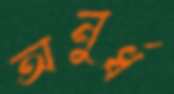
অনুর্ধ